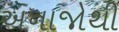
અનાજોથી